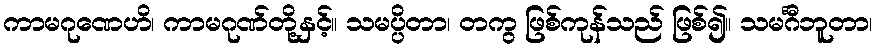
ကာမဂုဏေဟိ၊ ကာမဂုဏ်တို့နှင့်။ သမပ္ပိတာ၊ တကွ ဖြစ်ကုန်သည် ဖြစ်၍။ သမင်္ဂီဘူတာ၊